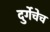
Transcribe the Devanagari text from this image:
दुर्गेचेच